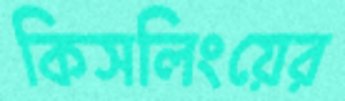
কিসলিংয়ের